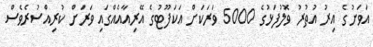
އަވަށުގެ އިރު އުތުރު ވޮލުފަޅުގެ 5000 ވަރަކަށް އަކަފޫޓުގެ އޭރިއާއެއްގައި ވަރަށް ކުރިއްސުރެވެސް